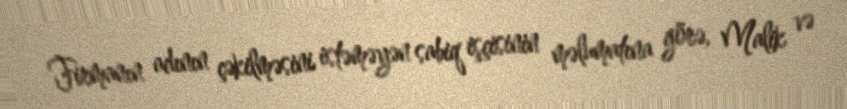
Firmanın adının çəkilməsini istəməyən sabiq işçisinin məlumatına görə, Malik və